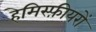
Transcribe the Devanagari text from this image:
हेमिस्फ़ीयरों